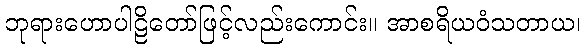
ဘုရားဟောပါဠိတော်ဖြင့်လည်းကောင်း။ အာစရိယဝံသတာယ၊